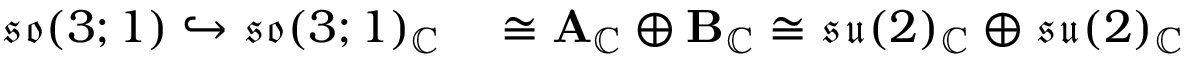
\begin{array} { r l } { { \mathfrak { s o } } ( 3 ; 1 ) \hookrightarrow { \mathfrak { s o } } ( 3 ; 1 ) _ { \mathbb { C } } } & { { } \cong \mathbf { A } _ { \mathbb { C } } \oplus \mathbf { B } _ { \mathbb { C } } \cong { \mathfrak { s u } } ( 2 ) _ { \mathbb { C } } \oplus { \mathfrak { s u } } ( 2 ) _ { \mathbb { C } } } \end{array}